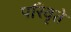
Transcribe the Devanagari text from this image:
परिवृते